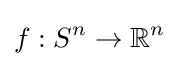
f:S^{n}\to \mathbb {R} ^{n}